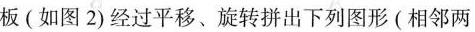
板(如图2)经过平移、旋转拼出下列图形(相邻两